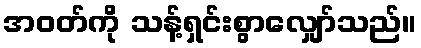
အဝတ်ကို သန့်ရှင်းစွာလျှော်သည်။